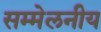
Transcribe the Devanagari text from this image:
सम्मेलनीय